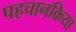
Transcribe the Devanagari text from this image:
पहचानक्रिया